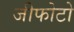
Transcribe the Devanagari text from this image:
जीफोटो